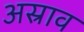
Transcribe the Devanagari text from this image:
अस्राव